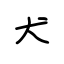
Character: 犬